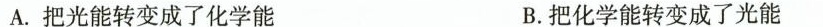
A.把光能转变成了化学能 B.把化学能转变成了光能